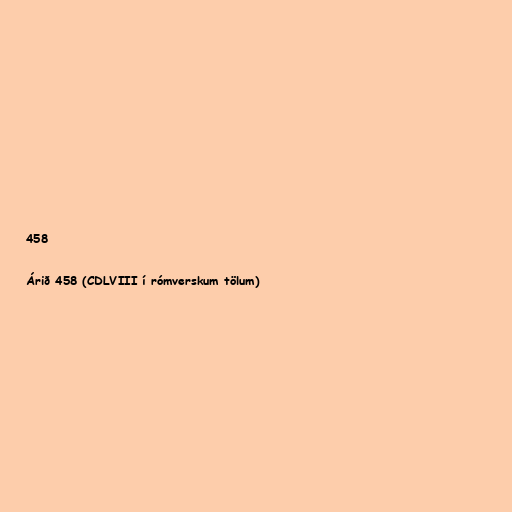
458

Árið 458 (CDLVIII í rómverskum tölum)